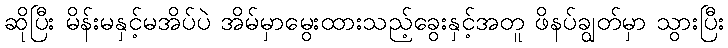
ဆိုပြီး မိန်းမနှင့်မအိပ်ပဲ အိမ်မှာမွေးထားသည့်ခွေးနှင့်အတူ ဖိနပ်ချွတ်မှာ သွားပြီး